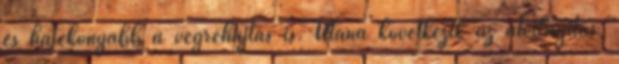
és hatékonyabb a végrehajtás is. Utána következik az átvilágítás,